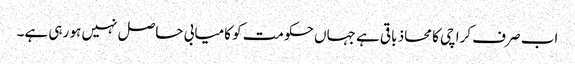
اب صرف کراچی کا محاذ باقی ہے جہاں حکومت کو کامیابی حاصل نہیں ہو رہی ہے۔